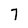
Character: 7